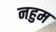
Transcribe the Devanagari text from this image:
नहुम